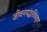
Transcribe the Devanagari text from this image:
जीवनपद्धतीकडून